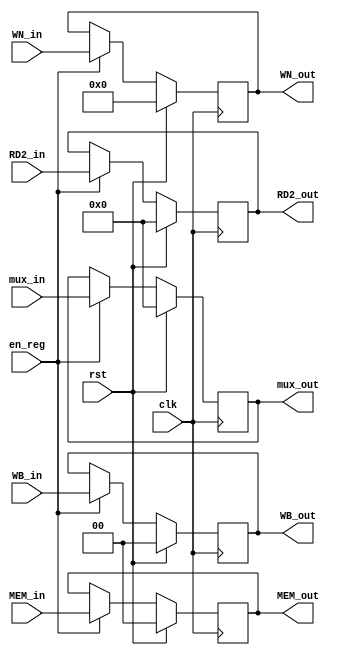

module EX_MEM ( clk, rst, en_reg, WB_out, MEM_out, mux_out, RD2_out, WN_out,
									WB_in,  MEM_in,  mux_in,  RD2_in,  WN_in );
    input clk, rst, en_reg;
	
	input [1:0]  WB_in;
	input [1:0]  MEM_in ;
	input [4:0]	 WN_in;
    input [31:0] RD2_in, mux_in;
	
	output [1:0]  WB_out;
	output [1:0]  MEM_out;
	output [4:0]  WN_out;
    output [31:0] RD2_out, mux_out;
	
	reg	  [1:0]  WB_out;
	reg   [1:0]  MEM_out;
	reg   [4:0]  WN_out;
    reg   [31:0] RD2_out, mux_out;
	
   
    always @( posedge clk ) begin
        if ( rst ) begin
		WB_out    <= 2'b0;
		MEM_out   <= 3'b0;
		mux_out   <= 32'b0;
		RD2_out   <= 32'b0; 
		WN_out    <= 5'b0; 
	end
        else if ( en_reg ) begin
		WB_out    <=  WB_in;
		MEM_out   <=  MEM_in;
		mux_out   <=  mux_in; 
		RD2_out   <=  RD2_in; 
		WN_out    <=  WN_in; 
	end
    end
endmodule